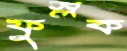
ফুস্‌লক